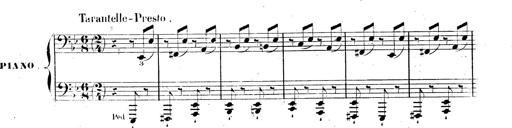
Title: AnnÃ©es de pÃ¨lerinage II, SupplÃ©ment
Composer: Franz Liszt